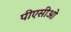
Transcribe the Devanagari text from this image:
पीएसीओ